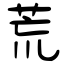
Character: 荒